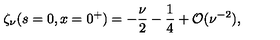
\zeta _ { \nu } ( s = 0 , x = 0 ^ { + } ) = \displaystyle { { { - \frac { \nu } { 2 } } - \frac { 1 } { 4 } } + { \cal O } ( \nu ^ { - 2 } ) } ,